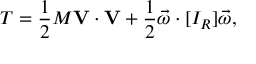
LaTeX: T = { \frac { 1 } { 2 } } M \mathbf { V } \cdot \mathbf { V } + { \frac { 1 } { 2 } } { \vec { \omega } } \cdot [ I _ { R } ] { \vec { \omega } } ,